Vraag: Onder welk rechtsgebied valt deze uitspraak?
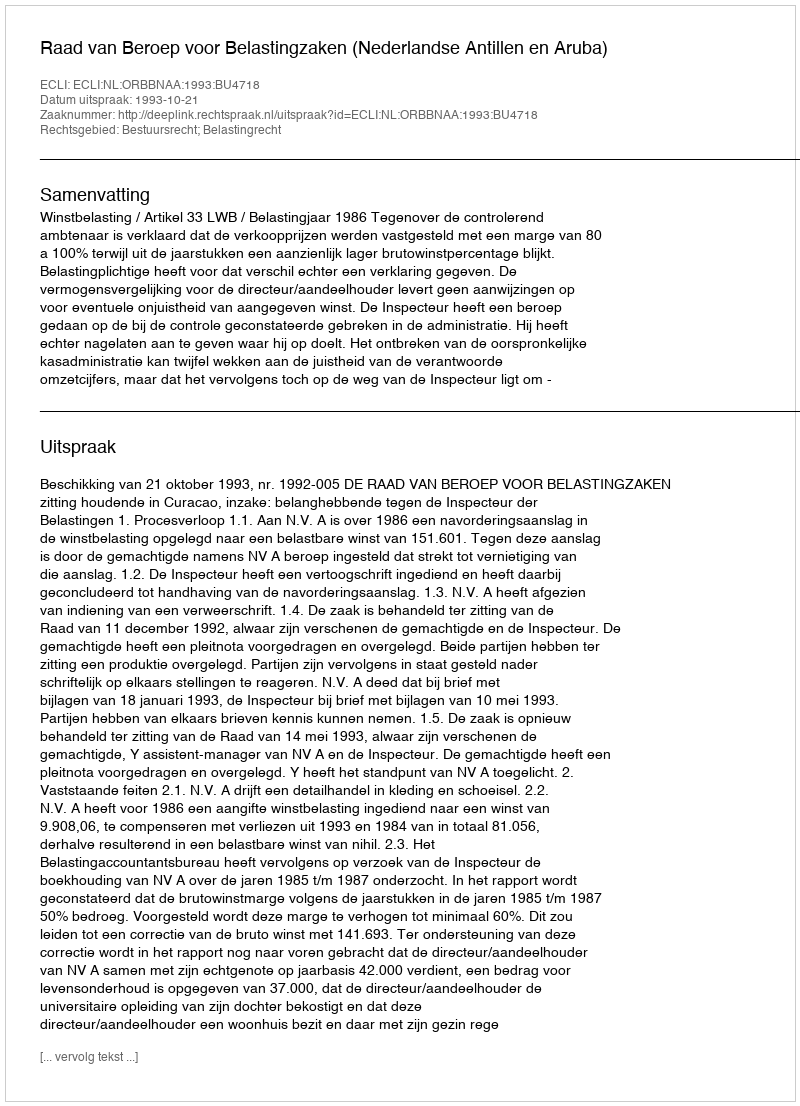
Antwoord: Bestuursrecht; Belastingrecht